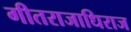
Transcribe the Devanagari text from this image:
गीतराजाधिराज